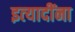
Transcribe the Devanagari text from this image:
इत्‍यादींना